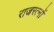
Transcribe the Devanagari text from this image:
राजरत्नों